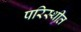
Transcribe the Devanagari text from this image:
परिस्थीत